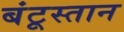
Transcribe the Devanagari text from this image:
बंटूस्तान